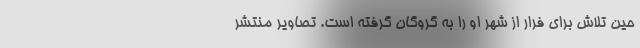
حین تلاش برای فرار از شهر او را به گروگان گرفته است. تصاویر منتشر